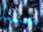
حسنا